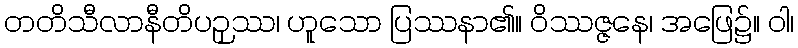
တတိသီလာနီတိပဉှဿ၊ ဟူသော ပြဿနာ၏။ ဝိဿဇ္ဇနေ၊ အဖြေ၌။ ဝါ၊